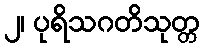
၂၊ ပုရိသဂတိသုတ္တ